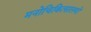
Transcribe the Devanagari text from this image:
मनोचिकित्सालयों